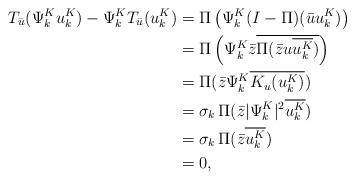
LaTeX: \begin{align*} T_{\bar{u}}(\Psi_k^K u_k^K)-\Psi_k^K T_{\bar{u}}(u_k^K)&=\Pi\left(\Psi_k^K (I-\Pi)(\bar{u}u_k^K)\right)\\&=\Pi\left(\Psi_k^K\bar{z}\overline{\Pi(\bar{z}u\overline{u_k^K})}\right)\\&=\Pi(\bar{z}\Psi_k^K\overline{K_u(u_k^K)})\\&=\sigma_k\, \Pi(\bar{z}|\Psi_k^K|^2\overline{u_k^K})\\&=\sigma_k\, \Pi(\bar{z}\overline{u_k^K})\\&=0,\end{align*}